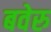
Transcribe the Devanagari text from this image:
बवेरु